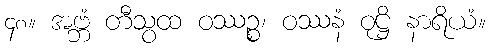
၄၈။ အဗ္ဘံ တီသွထ ဝဿဉ္စ၊ ဝဿနံ ဝုဋ္ဌိ နာရိယံ။